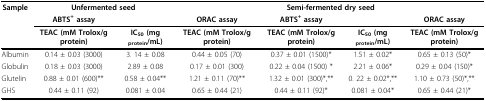
<table><thead><tr><td><b>Sample</b></td><td colspan="2"><b>Unfermented seed</b></td><td></td><td colspan="2"><b>Semi-fermented dry seed</b></td><td></td></tr><tr><td></td><td><b>ABTS<sup>+ </sup>assay</b></td><td></td><td><b>ORAC assay</b></td><td><b>ABTS<sup>+ </sup>assay</b></td><td></td><td><b>ORAC assay</b></td></tr><tr><td></td><td><b>TEAC (mM Trolox/g protein)</b></td><td><b>IC<sub>50 </sub>(mg <sub>protein</sub>/mL)</b></td><td><b>TEAC (mM Trolox/g protein)</b></td><td><b>TEAC (mM Trolox/g protein)</b></td><td><b>IC<sub>50 </sub>(mg <sub>protein</sub>/mL)</b></td><td><b>TEAC (mM Trolox/g protein)</b></td></tr></thead><tbody><tr><td>Albumin</td><td>0.14 ± 0.03 (3000)</td><td>3. 14 ± 0.08</td><td>0.44 ± 0.05 (70)</td><td>0.37 ± 0.01 (1500)*</td><td>1.51 ± 0.02*</td><td>0.65 ± 0.13 (50) *</td></tr><tr><td>Globulin</td><td>0.18 ± 0.03 (3000)</td><td>2.89 ± 0.08</td><td>0.17 ± 0.01 (300)</td><td>0.22 ± 0.04 (1500) *</td><td>2.21 ± 0.06*</td><td>0.29 ± 0.04 (150) *</td></tr><tr><td>Glutelin</td><td>0.88 ± 0.01 (600)**</td><td>0.58 ± 0.04**</td><td>1.21 ± 0.11 (70)**</td><td>1.32 ± 0.01 (300) *,**</td><td>0. 22 ± 0.02*,**</td><td>1.10 ± 0.73 (50) *,**</td></tr><tr><td>GHS</td><td>0.44 ± 0.11 (92)</td><td>0.081 ± 0.04</td><td>0.65 ± 0.44 (21)</td><td>0.44 ± 0.11 (92) *</td><td>0.081 ± 0.04*</td><td>0.65 ± 0.44 (21) *</td></tr></tbody></table>